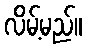
လိမ့်မည်။